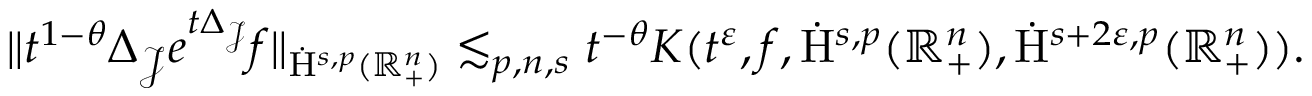
\begin{array} { r } { \lVert t ^ { 1 - \theta } \Delta _ { \mathcal { J } } e ^ { t \Delta _ { \mathcal { J } } } f \rVert _ { \dot { \mathrm { H } } ^ { s , p } ( \mathbb { R } _ { + } ^ { n } ) } \lesssim _ { p , n , s } t ^ { - \theta } K ( t ^ { \varepsilon } , f , \dot { \mathrm { H } } ^ { s , p } ( \mathbb { R } _ { + } ^ { n } ) , \dot { \mathrm { H } } ^ { s + 2 \varepsilon , p } ( \mathbb { R } _ { + } ^ { n } ) ) \mathrm { . ~ } } \end{array}